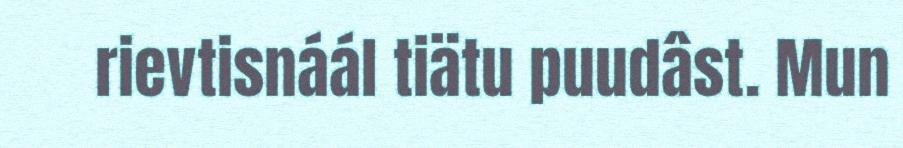
rievtisnáál tiätu puudâst. Mun